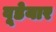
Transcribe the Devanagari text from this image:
वूडेयार